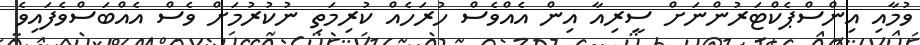
ވުމާއި އިންސްޕެކްޓަރުންނަށް ސީރިއާ އިން އެއްވެސް ހުރަހެއް ކުރިމަތި ނުކުރުމަށް ވެސް އެއްބަސްވެފައިވެ